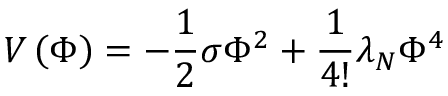
V \left( \Phi \right) = - \frac 1 2 \sigma \Phi ^ { 2 } + \frac 1 { 4 ! } \lambda _ { N } \Phi ^ { 4 }